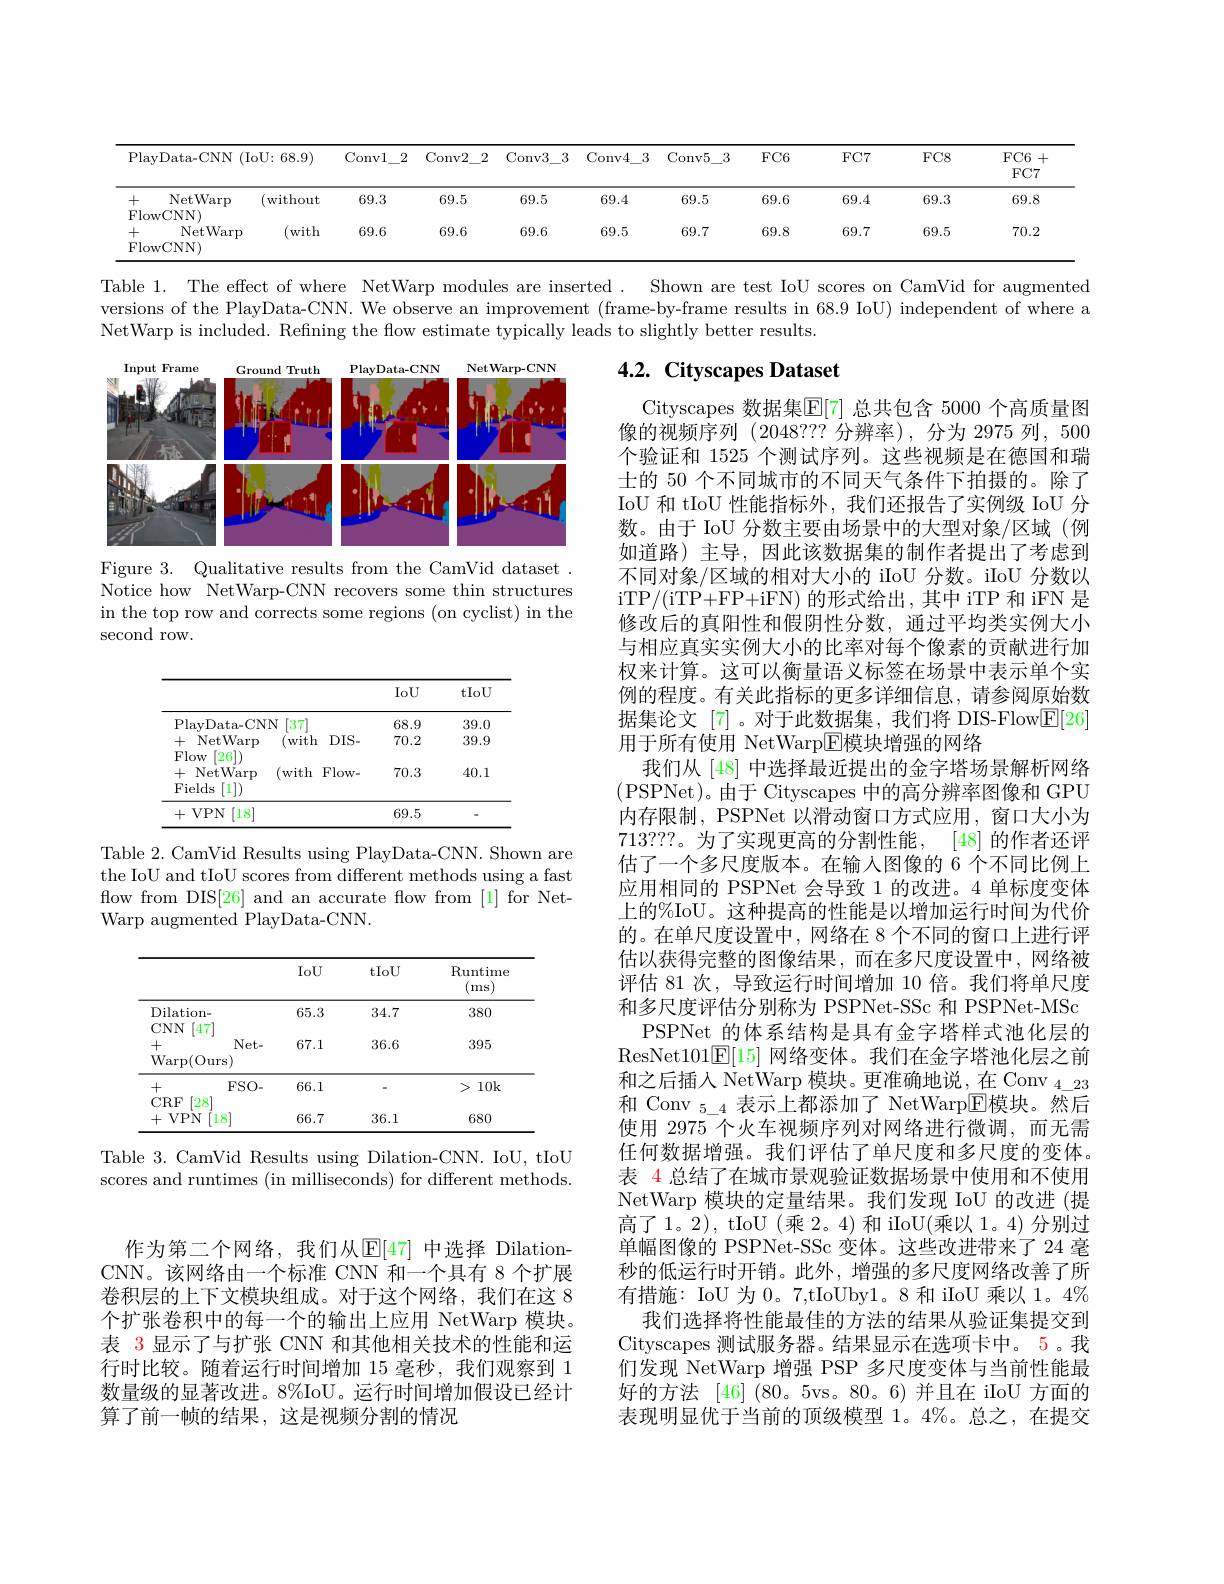
<table>
	<tbody>
		<tr>
			<th>PlayData-CNN (IoU:68.9)</th>
			<th>2 sonvl</th>
			<th>Conv2 2</th>
			<th>$Conv3$</th>
			<th>Conv4</th>
			<th>Conv5 $j\_3$</th>
			<th>$FC6$</th>
			<th>$FC7$</th>
			<th>$FC8$</th>
			<th>$FC6$ + $FC7$</th>
		</tr>
		<tr>
			<td>NetWarp (withound) + lowCNN)</td>
			<td>69.3</td>
			<td>69.5</td>
			<td>69.5</td>
			<td>69.4</td>
			<td>69.5</td>
			<td>69.6</td>
			<td>69.4</td>
			<td>69.3</td>
			<td>69.8</td>
		</tr>
		<tr>
			<td>十 NetWarp (witl FlowCNN)</td>
			<td>69.6</td>
			<td>69.6</td>
			<td>69.6</td>
			<td>69.5</td>
			<td>69.7</td>
			<td>69.8</td>
			<td>69.7</td>
			<td>69.5</td>
			<td>70.2</td>
		</tr>
	</tbody>
</table>

Table 1. The effect of where NetWarp modules are inserted
Shown are test IoU scores on CamVid for augmented
versions of the PlayData-CNN. We observe an improvement (frame-by-frame results in 68.9 IoU) independent of where a
NetWarp is included. Refining the flow estimate typically leads to slightly better results.

## 4.2. Cityscapes Dataset

<FigureHere>

Figure 3. Qualitative results from the CamVid dataset Notice how NetWarp-CNN recovers some thin structures in the top row and corrects some regions (on cyclist) in the second row.

<table>
	<tbody>
		<tr>
			<th> </th>
			<th>IoU</th>
			<th>tIoU</th>
		</tr>
		<tr>
			<td>[37] PlavData-CNN</td>
			<td>68.9</td>
			<td>39.0</td>
		</tr>
		<tr>
			<td>NetWarp $DIS-$ 十 (with</td>
			<td>70.2</td>
			<td>39.9</td>
		</tr>
		<tr>
			<td>$\mathbf{Flow}$ $\left|20\right|)$ $+{\mathrm{~NetWarp}}$ (with $Flow-$ Fields [1])</td>
			<td>70.3</td>
			<td>40.1</td>
		</tr>
		<tr>
			<td>$VPN$ [18] +</td>
			<td>69.5</td>
			<td> </td>
		</tr>
	</tbody>
</table>

Table 2. CamVid Results using PlayData-CNN. Shown are the IoU and tIoU scores from different methods using a fast flow from DIS[26] and an accurate flow from [1] for NetWarp augmented PlayData-CNN.

Cityscapes 数据集$\mathbb{E}[7]$ 总共包含 5000 个高质量图像的视频序列(2048??? 分辨率),分为 2975 列，500个验证和 1525 个测试序列。这些视频是在德国和瑞士的 50 个不同城市的不同天气条件下拍摄的。除了IoU 和 tIoU 性能指标外，我们还报告了实例级 IoU 分数。由于 IoU 分数主要由场景中的大型对象/区域(例如道路) 主导，因此该数据集的制作者提出了考虑到不同对象/区域的相对大小的 iIoU 分数。iIoU 分数以iTP/ ( iTP+ FP+ iFN) 的形式给出，其中 iTP 和 iFN 是修改后的真阳性和假阴性分数，通过平均类实例大小与相应真实实例大小的比率对每个像素的贡献进行加权来计算。这可以衡量语义标签在场景中表示单个实例的程度。有关此指标的更多详细信息，请参阅原始数据集论文[7]。对于此数据集，我们将 DIS-Flow$\underline{\mathrm{E}}[26]$ 用于所有使用 NetWarp$\overline{\mathrm{E}}$模块增强的网络
我们从[48]中选择最近提出的金字塔场景解析网络(PSPNet)。由于 Cityscapes 中的高分辨率图像和 GPU 内存限制，PSPNet 以滑动窗口方式应用，窗口大小为713???。为了实现更高的分割性能，[48] 的作者还评估了一个多尺度版本。在输入图像的 6 个不同比例上应用相同的 PSPNet 会导致 1 的改进。4 单标度变体上的%IoU。这种提高的性能是以增加运行时间为代价的。在单尺度设置中，网络在 8 个不同的窗口上进行评估以获得完整的图像结果，而在多尺度设置中，网络被评估 81 次，导致运行时间增加 10 倍。我们将单尺度和多尺度评估分别称为 PSPNet-SSc 和 PSPNet-MSc PSPNet 的体系结构是具有金字塔样式池化层的
ResNet101$\underline{\mathrm{E}}[15]$网络变体。我们在金字塔池化层之前和之后插人 NetWarp 模块。更准确地说，在 Conv $_4\_23$ 和 Conv $_{5\_4}$ 表示上都添加了 NetWarp$\overline{\mathrm{E}}$模块。然后使用 2975 个火车视频序列对网络进行微调，而无需任何数据增强。我们评估了单尺度和多尺度的变体。表 4 总结了在城市景观验证数据场景中使用和不使用NetWarp 模块的定量结果。我们发现 IoU 的改进 (提高了 1。2), tIoU (乘 2。4) 和 iIoU(乘以 1。4) 分别过单幅图像的 PSPNet-SSc 变体。这些改进带来了 24 毫秒的低运行时开销。此外，增强的多尺度网络改善了所有措施：IoU 为 0。7,tIoUby1。8 和 iIoU 乘以 1。4%
我们选择将性能最佳的方法的结果从验证集提交到Cityscapes 测试服务器。结果显示在选项卡中。5。我们发现 NetWarp 增强 PSP 多尺度变体与当前性能最好的方法 [46] (80。5vs。80。6) 并且在 iloU 方面的表现明显优于当前的顶级模型 1。4%。总之，在提交

<table>
	<tbody>
		<tr>
			<th> </th>
			<th>IoU</th>
			<th>tIoU</th>
			<th>Runtime (ms)</th>
		</tr>
		<tr>
			<td>Dilation-</td>
			<td>65.3</td>
			<td>34.7</td>
			<td>380</td>
		</tr>
		<tr>
			<td>JININ Net- + $\operatorname{Warp}(\operatorname{Ours})$</td>
			<td>67.1</td>
			<td>36.6</td>
			<td>395</td>
		</tr>
		<tr>
			<td>十 $FSO-$</td>
			<td>66.1</td>
			<td> </td>
			<td>> $10k$</td>
		</tr>
		<tr>
			<td>$\mu\Pi,\Gamma$ $VPN$ 18 +</td>
			<td>66.7</td>
			<td>36.1</td>
			<td>680</td>
		</tr>
	</tbody>
</table>
Table 3.CamVid Results using Dilation-CNN. IoU, tIoU

scores and runtimes (in milliseconds) for different methods.

作为第二个网络，我们从$\mathbb{E}[47]$ 中选择 DilationCNN。该网络由一个标准 CNN 和一个具有 8 个扩展卷积层的上下文模块组成。对于这个网络，我们在这 8个扩张卷积中的每一个的输出上应用 NetWarp 模块。表 3显示了与扩张 CNN 和其他相关技术的性能和运行时比较。随着运行时间增加 15 毫秒，我们观察到 1数量级的显著改进。8%IoU。运行时间增加假设已经计算了前一帧的结果，这是视频分割的情况